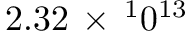
2 . 3 2 \, \times \, ^ { 1 } 0 ^ { 1 3 }